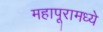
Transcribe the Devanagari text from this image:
महापूरामध्ये